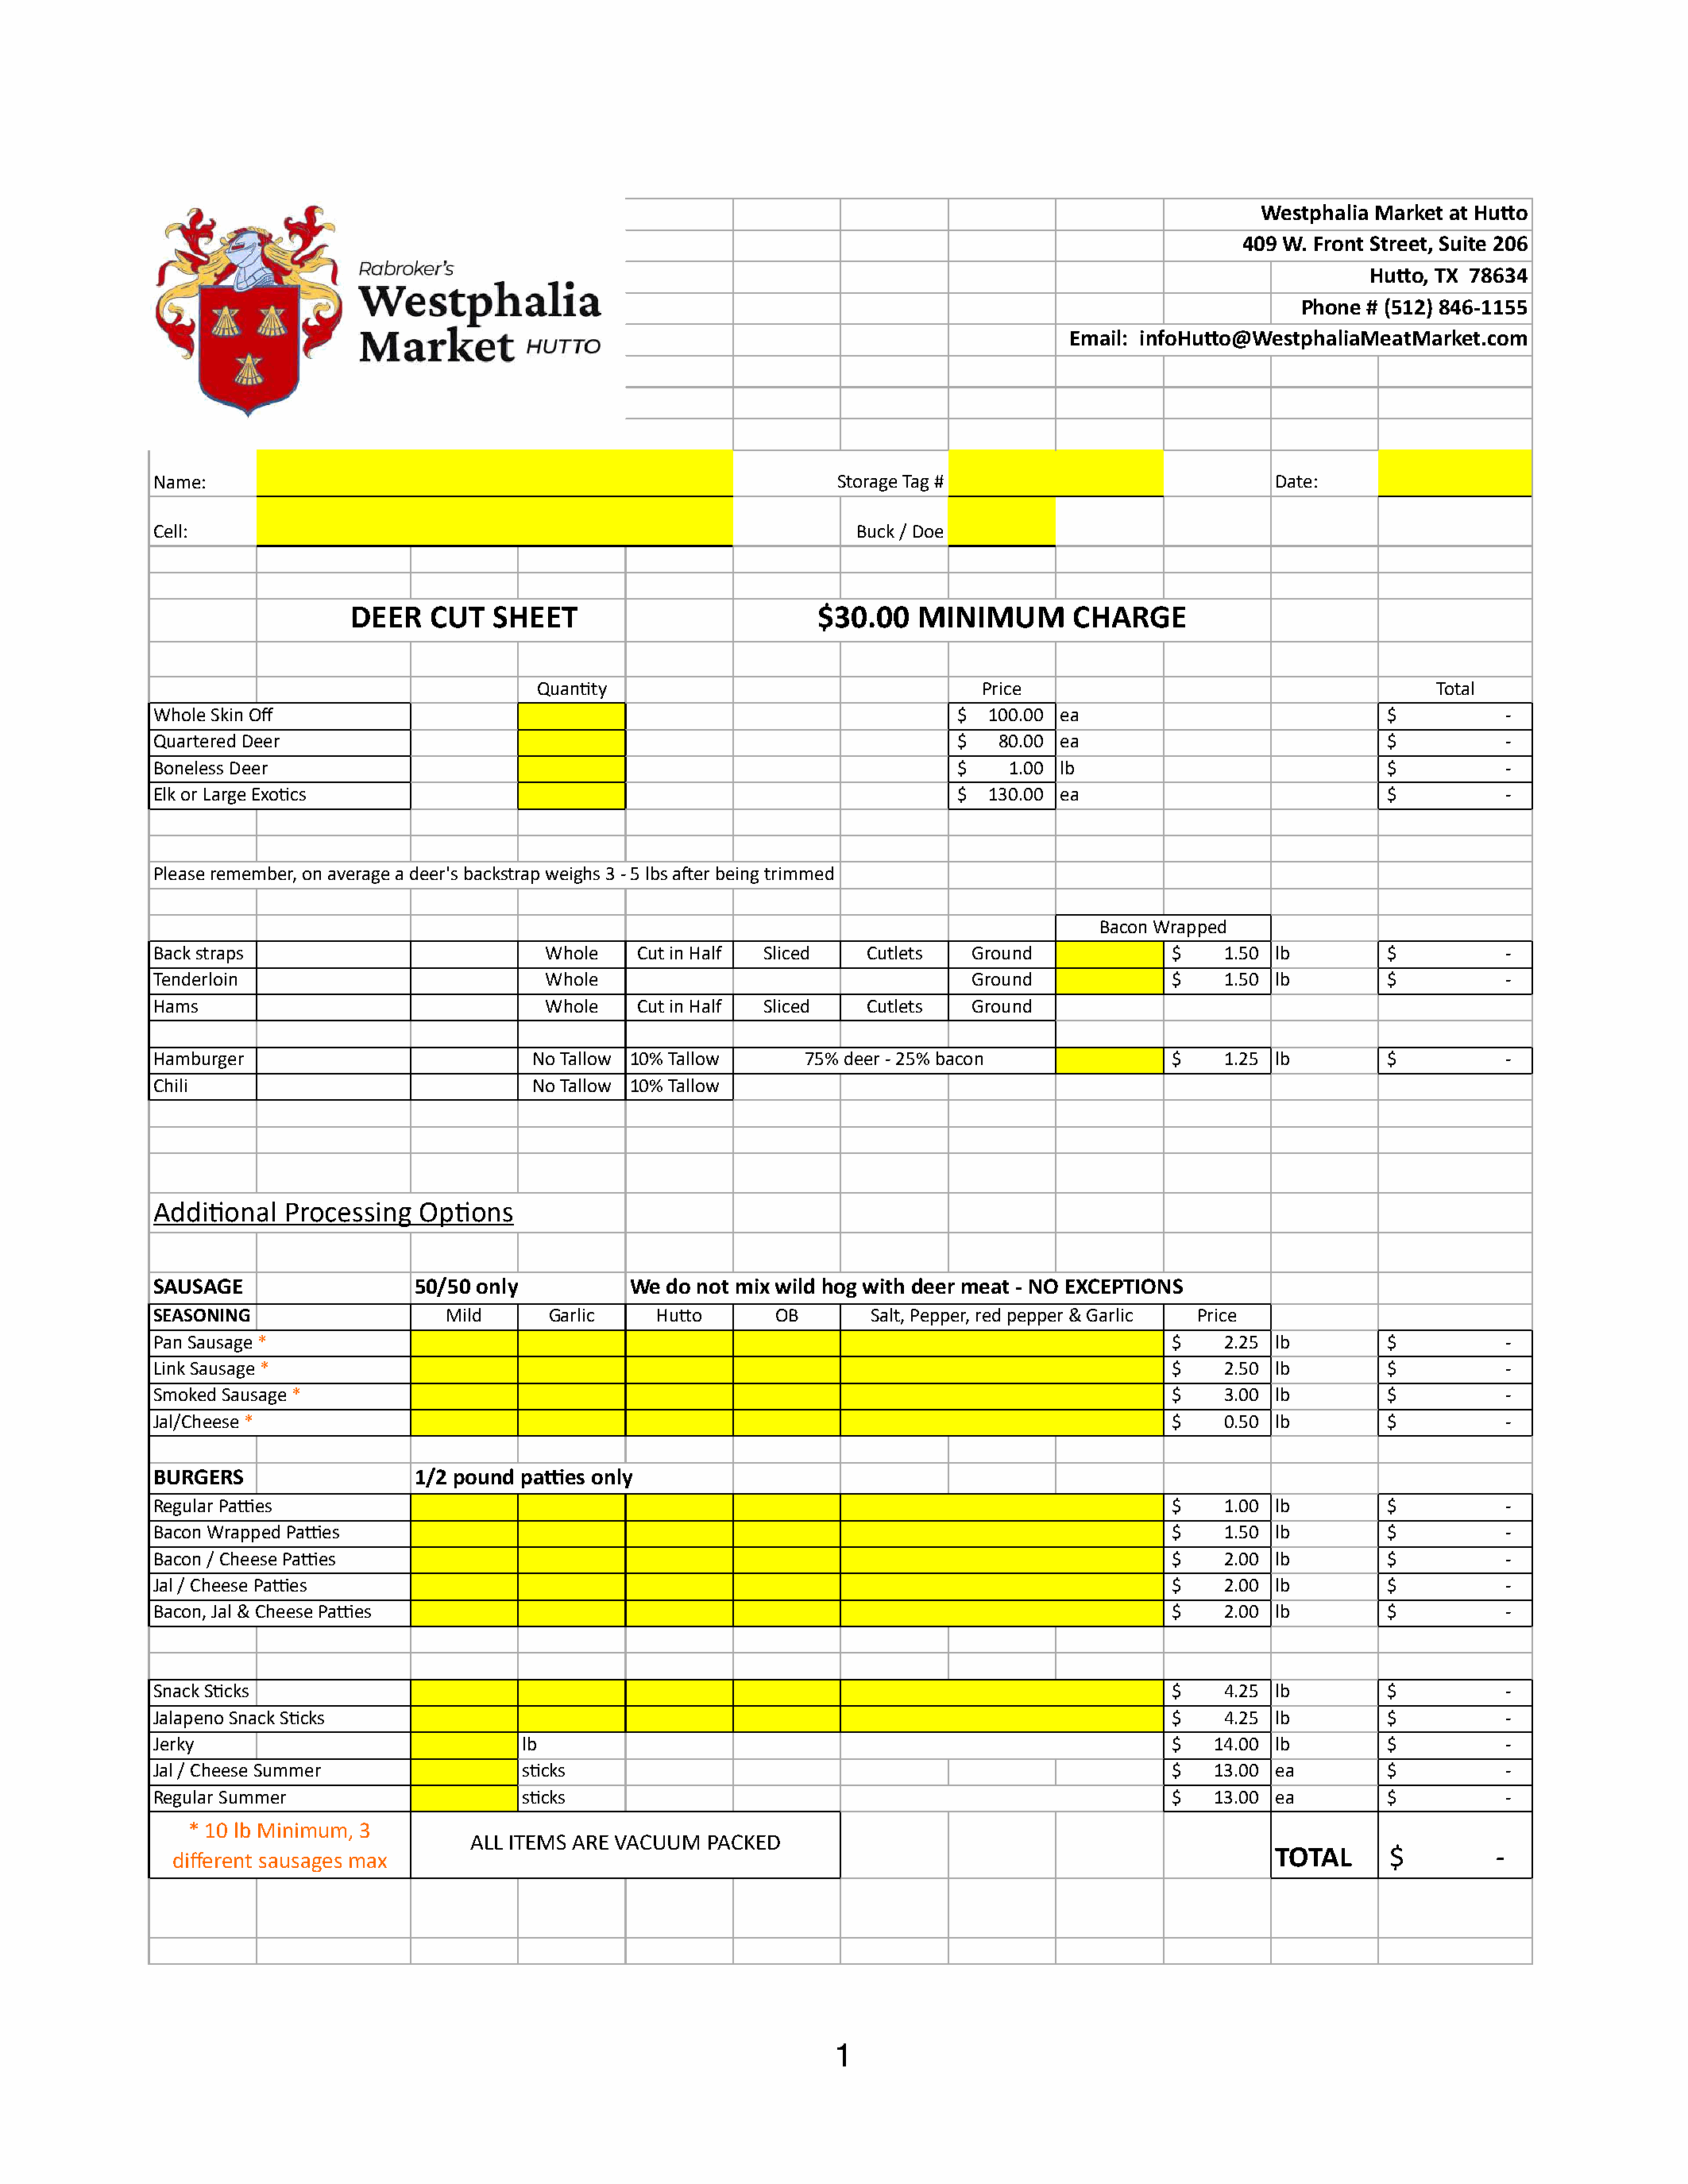
Westphalia Market at Hu0o
 409 W. Front Street, Suite 206
 Hu0o, TX 78634
 Phone # (512) 846-1155
 Email: infoHu0o@WestphaliaMeatMarket.com
 Name:                                                    Storage Tag #                       Date:
 Cell:                                                     Buck / Doe
 DEER   CUT  SHEET                      $30.00  MINIMUM      CHARGE
 Quan8ty                              Price                                 Total
 Whole Skin Off                                                     $ 100.00 ea                         $        -
 Quartered Deer                                                     $  80.00 ea                         $        -
 Boneless Deer                                                      $   1.00 lb                         $        -
 Elk or Large Exo8cs                                                $ 130.00 ea                         $        -
 Please remember, on average a deer's backstrap weighs 3 - 5 lbs aSer being trimmed
 Bacon Wrapped
 Back straps                     Whole   Cut in Half Sliced Cutlets  Ground           $   1.50 lb       $        -
 Tenderloin                      Whole                               Ground           $   1.50 lb       $        -
 Hams                            Whole   Cut in Half Sliced Cutlets  Ground
 Hamburger                      No Tallow 10% Tallow   75% deer - 25% bacon           $   1.25 lb       $        -
 Chili                          No Tallow 10% Tallow
 Addi8onal  Processing Op8ons
 SAUSAGE               50/50 only       We  do not mix wild hog with deer meat - NO EXCEPTIONS
 SEASONING               Mild     Garlic   Hu\o      OB      Salt, Pepper, red pepper & Garlic Price
 Pan Sausage *                                                                        $   2.25 lb       $        -
 Link Sausage *                                                                       $   2.50 lb       $        -
 Smoked Sausage *                                                                     $   3.00 lb       $        -
 Jal/Cheese *                                                                         $   0.50 lb       $        -
 BURGERS               1/2 pound pa_es only
 Regular Paaes                                                                        $   1.00 lb       $        -
 Bacon Wrapped Paaes                                                                  $   1.50 lb       $        -
 Bacon / Cheese Paaes                                                                 $   2.00 lb       $        -
 Jal / Cheese Paaes                                                                   $   2.00 lb       $        -
 Bacon, Jal & Cheese Paaes                                                            $   2.00 lb       $        -
 Snack S8cks                                                                          $   4.25 lb       $        -
 Jalapeno Snack S8cks                                                                 $   4.25 lb       $        -
 Jerky                          lb                                                    $  14.00 lb       $        -
 Jal / Cheese Summer            s8cks                                                 $  13.00 ea       $        -
 Regular Summer                 s8cks                                                 $  13.00 ea       $        -
 * 10 lb Minimum, 3
 ALL ITEMS ARE VACUUM PACKED
 TOTAL     $        -
 different sausages max
 1